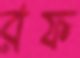
রফ